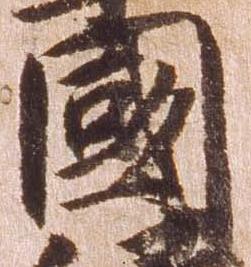
国